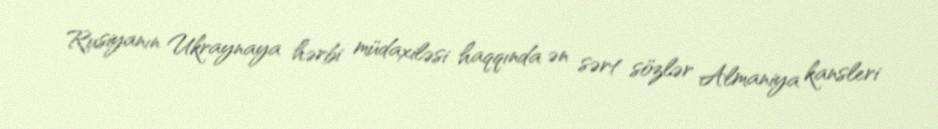
Rusiyanın Ukraynaya hərbi müdaxiləsi haqqında ən sərt sözlər Almaniya kansleri